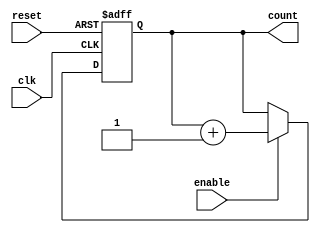
module memory_blocks_up_counter #(
    parameter WIDTH = 4  // Parameter to define the bit-width of the counter
)(
    input wire clk,      // Clock signal
    input wire reset,    // Reset signal
    input wire enable,   // Enable signal
    output reg [WIDTH-1:0] count  // Output current count value
);

    // Synchronous behavior
    always @(posedge clk or posedge reset) begin
        if (reset) begin
            count <= 0;  // Reset the counter to zero
        end else if (enable) begin
            count <= count + 1;  // Increment the counter
        end
    end

endmodule